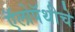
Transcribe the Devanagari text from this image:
ऍलोपॅथीचे